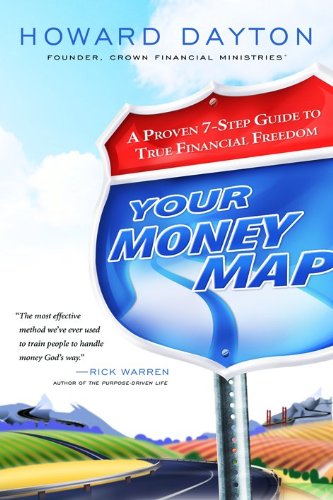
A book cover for Your Money Map: A Proven 7-Step Guide to True Financial Freedom; Howard Dayton; Christian Books & Bibles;